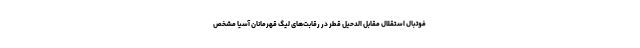
فوتبال استقلال مقابل الدحیل قطر در رقابت‌های لیگ قهرمانان آسیا مشخص